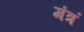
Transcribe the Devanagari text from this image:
मंत्रं